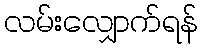
လမ်းလျှောက်ရန်